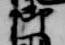
御